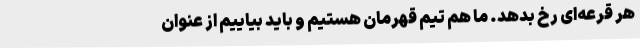
هر قرعه‌ای رخ بدهد. ما هم تیم قهرمان هستیم و باید بیاییم از عنوان